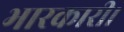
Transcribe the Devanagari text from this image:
भारकारी।